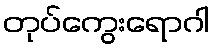
တုပ်ကွေးရောဂါ